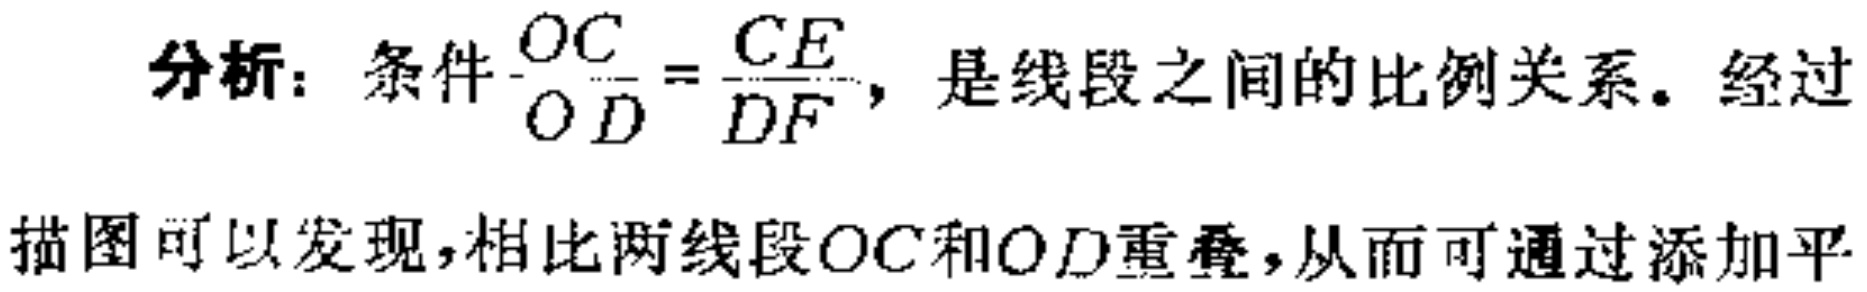
分析：条件$\frac{OC}{OD}=\frac{CE}{DF}$，是线段之间的比例关系。经过描图可以发现，相比两线段$OC$和$OD$重叠，从而可通过添加平